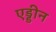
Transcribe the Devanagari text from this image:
एड्डीन